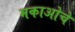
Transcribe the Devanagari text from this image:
मकाओचे